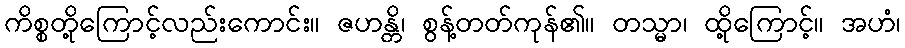
ကိစ္စတို့ကြောင့်လည်းကောင်း။ ဇဟန္တိ၊ စွန့်တတ်ကုန်၏။ တသ္မာ၊ ထို့ကြောင့်။ အဟံ၊